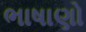
ભાષાણો